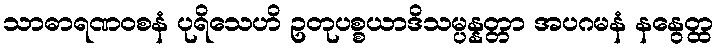
သာဓာရဏဝစနံ ပုရိသေဟိ ဥတုပစ္စယာဒိသမ္ပန္နတ္တာ အပဂမနံ နနွေတ္ထ